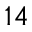
^ { 1 4 }